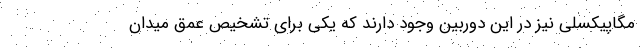
مگاپیکسلی نیز در این دوربین وجود دارند که یکی برای تشخیص عمق میدان